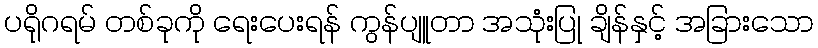
ပရိုဂရမ် တစ်ခုကို ရေးပေးရန် ကွန်ပျူတာ အသုံးပြု ချိန်နှင့် အခြားသော